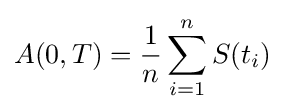
A(0,T)={\frac {1}{n}}\sum _{i=1}^{n}S(t_{i})